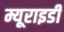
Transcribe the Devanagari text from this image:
म्यूराइडी